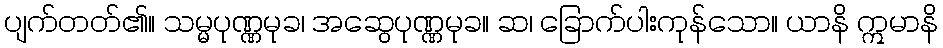
ပျက်တတ်၏။ သမ္မပုဏ္ဏမုခ၊ အဆွေပုဏ္ဏမုခ။ ဆ၊ ခြောက်ပါးကုန်သော။ ယာနိ ဣမာနိ